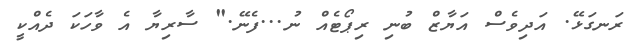
ރަނގަޅޭ. އަދިވެސް އަޔާޒް ބުނި ރިޕޯޓެއް ނު...ފެނޭ." ސާރިޔާ އެ ވާހަކަ ދެއްކީ